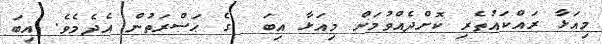
މިއަޅާ ރައްކައުތެރި ކޮށްދެއްވުމަށް މިއަޅާ އިބަ  ގެ ޙަޟްރަތުން އެދެމެވެ. އިބަ